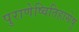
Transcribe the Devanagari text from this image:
पुराणेष्वितिहासेषु